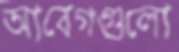
আবেগগুলো